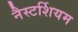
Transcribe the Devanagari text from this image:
नैस्टर्शियम